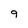
Character: 9